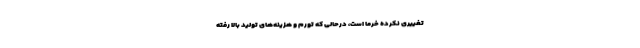
تغییری نکرده خرما است، درحالی که تورم و هزینه‌های تولید بالا رفته